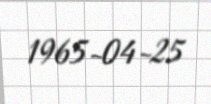
1965-04-25